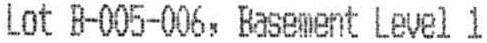
LOT B-005-006, BASEMENT LEVEL 1